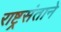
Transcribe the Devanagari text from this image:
राष्ट्रसंताने